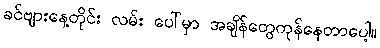
ခင်ဗျားနေ့တိုင်း လမ်း ပေါ်မှာ အချိန်တွေကုန်နေတာပေါ့။